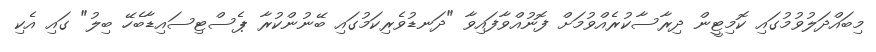
މިބައްދަލުވުމުގައި ކޮމިޓީން ދިރާސާކުރެއްވުމަށް ފޮނުއްވާފައިވާ "ދަނޑުވެރިކަމުގައި ބޭނުންކުރާ ޕެސްޓިސައިޑާބެހޭ ބިލު" ގައި އެކި